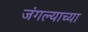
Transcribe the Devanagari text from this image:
जंगल्याच्या